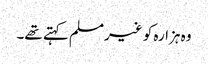
وہ ہزارہ کو غیرمسلم کہتے تھے۔